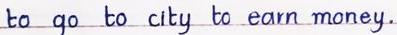
to go to city to earn money.